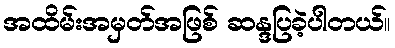
အထိမ်းအမှတ်အဖြစ် ဆန္ဒပြခဲ့ပါတယ်။